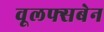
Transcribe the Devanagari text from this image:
वूलफ्सबेन